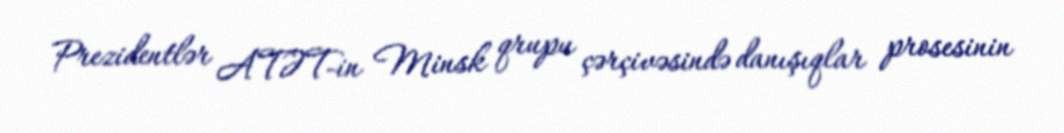
Prezidentlər ATƏT-in Minsk qrupu çərçivəsində danışıqlar prosesinin